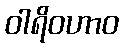
ဝါရိဝဟာဝ